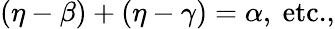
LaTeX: (\eta-\beta)+(\eta-\gamma)=\alpha,\ \textrm{etc.,}